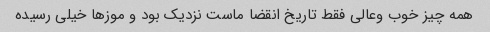
همه چیز خوب وعالی فقط تاریخ انقضا ماست نزدیک بود و موزها خیلی رسیده